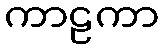
ကာဠကာ